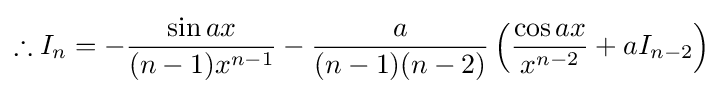
\therefore I_{n}=-{\frac {\sin {ax}}{(n-1)x^{n-1}}}-{\frac {a}{(n-1)(n-2)}}\left({\frac {\cos {ax}}{x^{n-2}}}+aI_{n-2}\right)\,\!